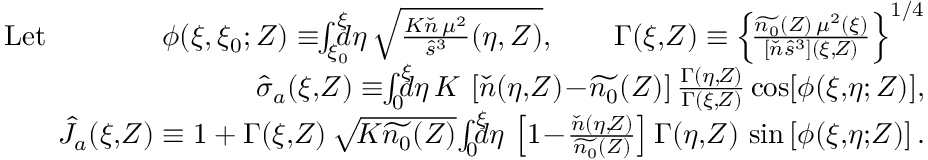
\begin{array} { r } { \mathrm { L e t } \qquad \qquad \phi ( \xi , \xi _ { 0 } ; Z ) \equiv \! \! \int _ { \xi _ { 0 } } ^ { \xi } \! \! \! \! d \eta \, \sqrt { \frac { K \check { n } \, \mu ^ { 2 } } { \hat { s } ^ { 3 } } ( \eta , Z ) } , \qquad \Gamma ( \xi , \! Z ) \equiv \left\{ \! \frac { \widetilde { n _ { 0 } } ( Z ) \, \mu ^ { 2 } ( \xi ) } { [ \check { n } \hat { s } ^ { 3 } ] ( \xi , \! Z ) } \right\} ^ { 1 / 4 } } \\ { \hat { \sigma } _ { a } ( \xi , \! Z ) \equiv \! \! \int _ { 0 } ^ { \xi } \! \! \! \! d \eta \, K \, \left[ \check { n } ( \eta , \! Z ) \! - \! \widetilde { n _ { 0 } } ( Z ) \right] \frac { \Gamma ( \eta , \! Z ) } { \Gamma ( \xi , \! Z ) } \cos [ \phi ( \xi , \! \eta ; Z ) ] , } \\ { \hat { J } _ { a } ( \xi , \! Z ) \equiv 1 + \Gamma ( \xi , \! Z ) \, \sqrt { \! K \widetilde { n _ { 0 } } ( Z ) } \! \int _ { 0 } ^ { \xi } \! \! \! \! d \eta \, \left[ 1 \! - \! \frac { \check { n } ( \eta , \! Z ) } { \widetilde { n _ { 0 } } ( Z ) } \right] \Gamma ( \eta , \! Z ) \, \sin \left[ \phi ( \xi , \! \eta ; \! Z ) \right] . } \end{array}